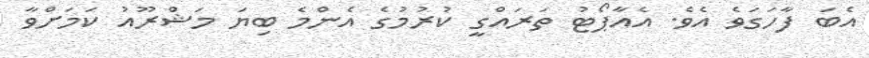
އެބަ ފާހަގަވެ އެވެ. އެއާޕޯޓު ތަރައްގީ ކުރުމުގެ އެންމެ ބިޔަ މަޝްރޫއު ކަމަށްވާ